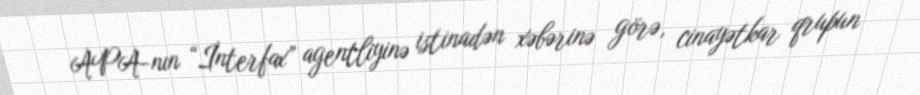
APA-nın “İnterfax” agentliyinə istinadən xəbərinə görə, cinayətkar qrupun